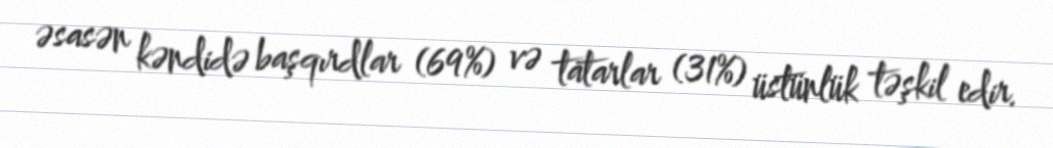
əsasən kəndidə başqırdlar (69%) və tatarlar (31%) üstünlük təşkil edir.